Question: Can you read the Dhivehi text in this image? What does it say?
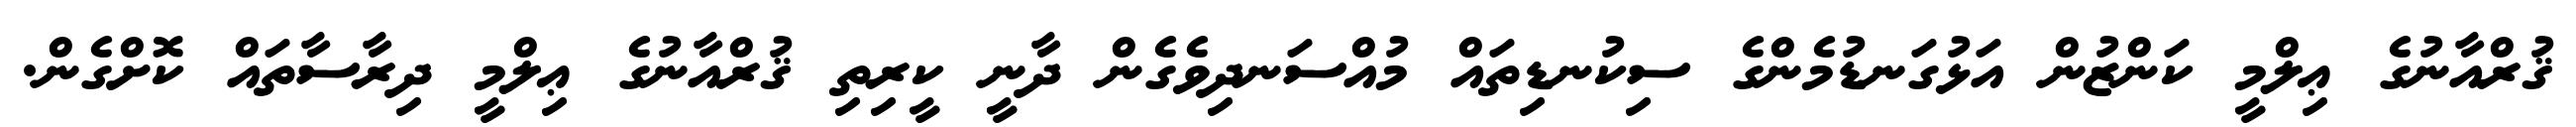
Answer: ޤުރްއާނުގެ ޢިލްމީ ކަންޒުން އަޅުގަނޑުމެންގެ ސިކުނޑިތައް މުއްސަނދިވެގެން ދާނީ ކީރިތި ޤުރްއާނުގެ ޢިލްމީ ދިރާސާތައް ކޮށްގެން.